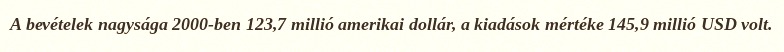
A bevételek nagysága 2000-ben 123,7 millió amerikai dollár, a kiadások mértéke 145,9 millió USD volt.